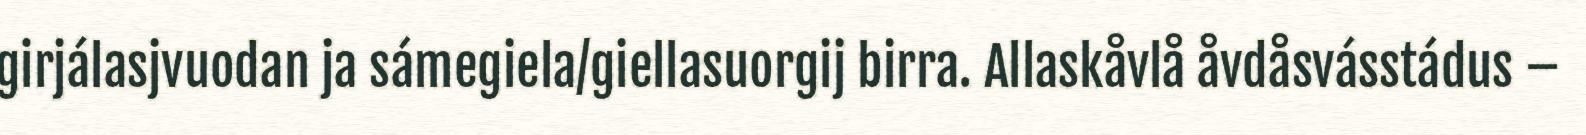
girjálasjvuodan ja sámegiela/giellasuorgij birra. Allaskåvlå åvdåsvásstádus –